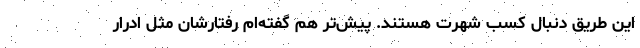
این طریق دنبال کسب شهرت هستند. پیش‌تر هم گفته‌ام رفتارشان مثل ادرار